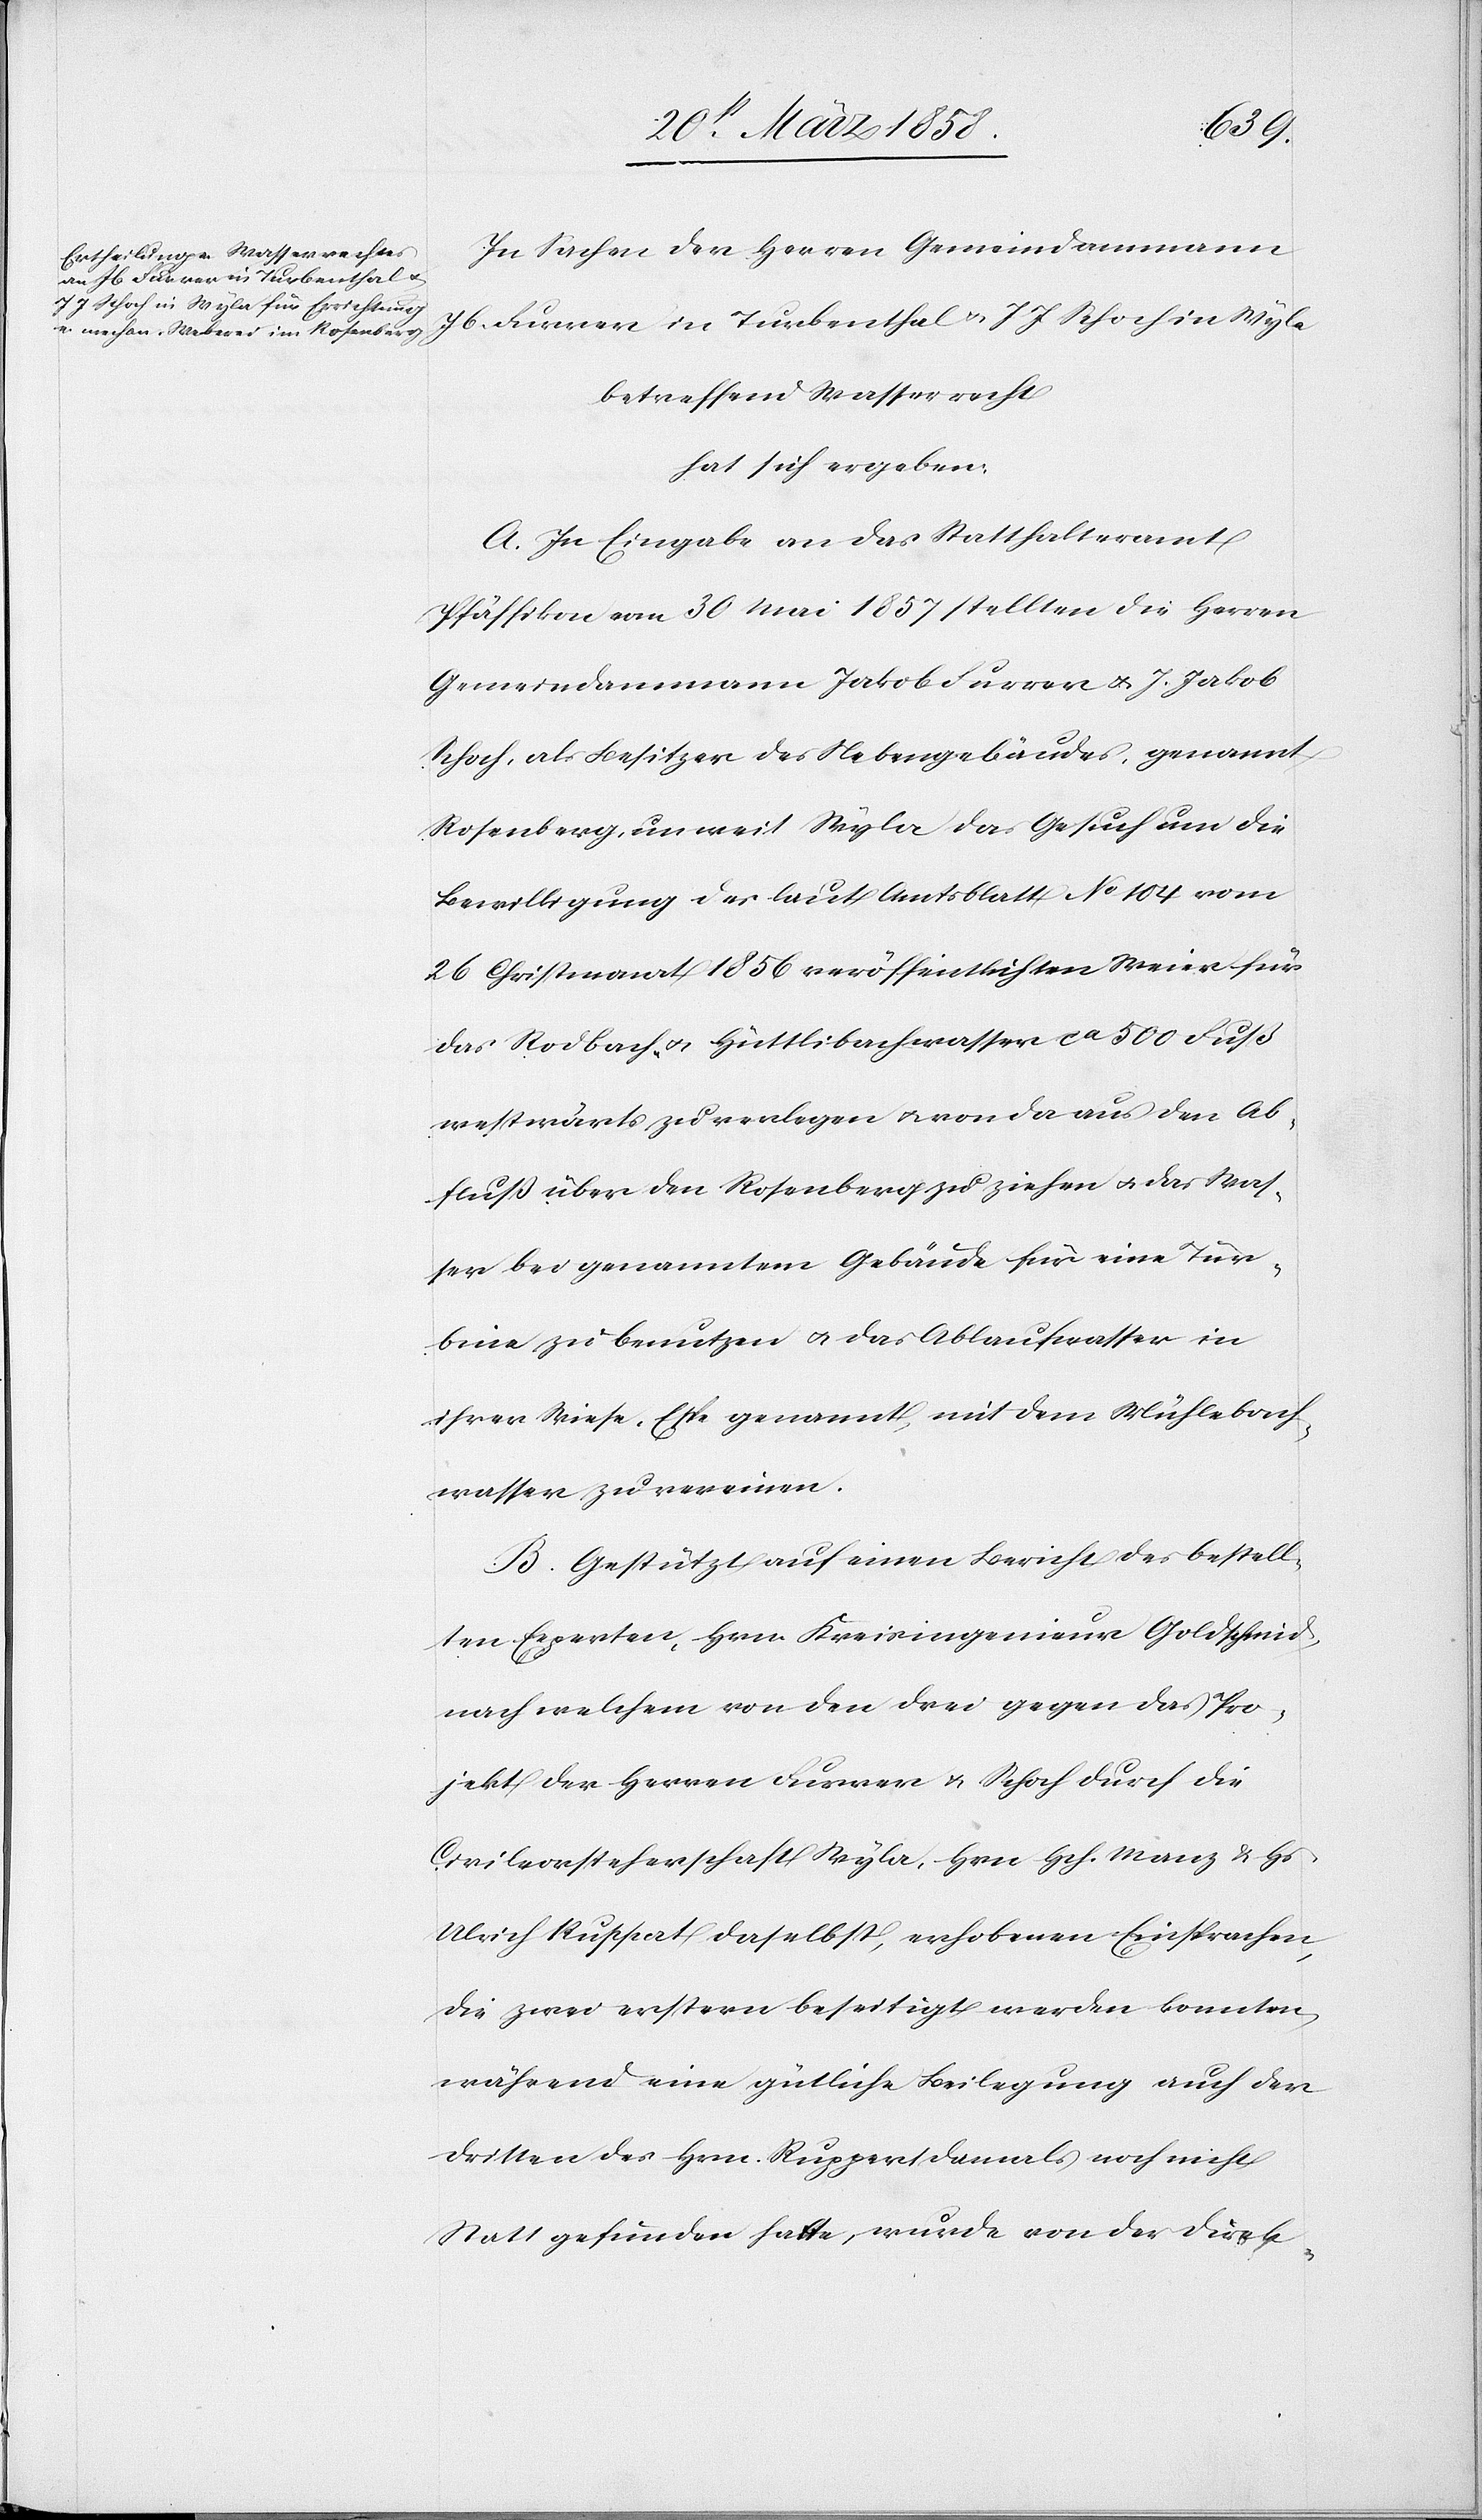
In Sachen der Herren Gemeindammann
Jb. Furrer in Turbenthal u. J. J. Schoch in Wyla
betreffend Wasserrecht
hat sich ergeben:
A. In Eingabe an das Statthalteramt
Pfäffikon vom 30. Mai 1857 stellten die Herren
Gemeindammann Jakob Furrer u. J. Jakob
Schoch, als Besitzer des Nebengebäudes, genannt
Rosenberg, unweit Wyla das Gesuch um die
Bewilligung der laut Amtsblatt No 104 vom
26. Christmonat 1856 veröffentlichten Weier für
das Rodbach- u. Hüttlibachwasser ca 500 Fuß
westwärts zu verlegen u. von da aus den Ab¬
fluß über den Rosenberg zu ziehen u. das Was¬
ser bei genanntem Gebäude für eine Tür¬
bine zu benutzen u. das Ablaufwasser in
ihrer Wiese, Espe genannt, mit dem Mühlebach¬
wasser zu vereinen.
B. Gestützt auf einen Bericht des bestell¬
ten Experten, Hrn. Kreisingenieur Goldschmid,
nach welchem von den drei gegen das Pro¬
jekt der Herren Furrer u. Schoch durch die
Civilvorsteherschaft Wyla, Hrn. Hch. Manz u. Hs.
Ulrich Ruppert daselbst, erhobenen Einsprachen,
die zwei erstern beseitigt werden konnten,
während eine gütliche Beilegung auch der
dritten des Hrn. Ruppert damals noch nicht
Statt gefunden hatte, wurde von der Direk-